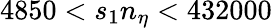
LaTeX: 4850<s_{1}n_{\eta}<432000